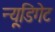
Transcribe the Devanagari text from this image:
न्यू्डिगेट